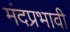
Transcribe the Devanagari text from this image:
मंदप्रभावी